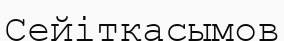
Сейіткасымов